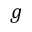
g